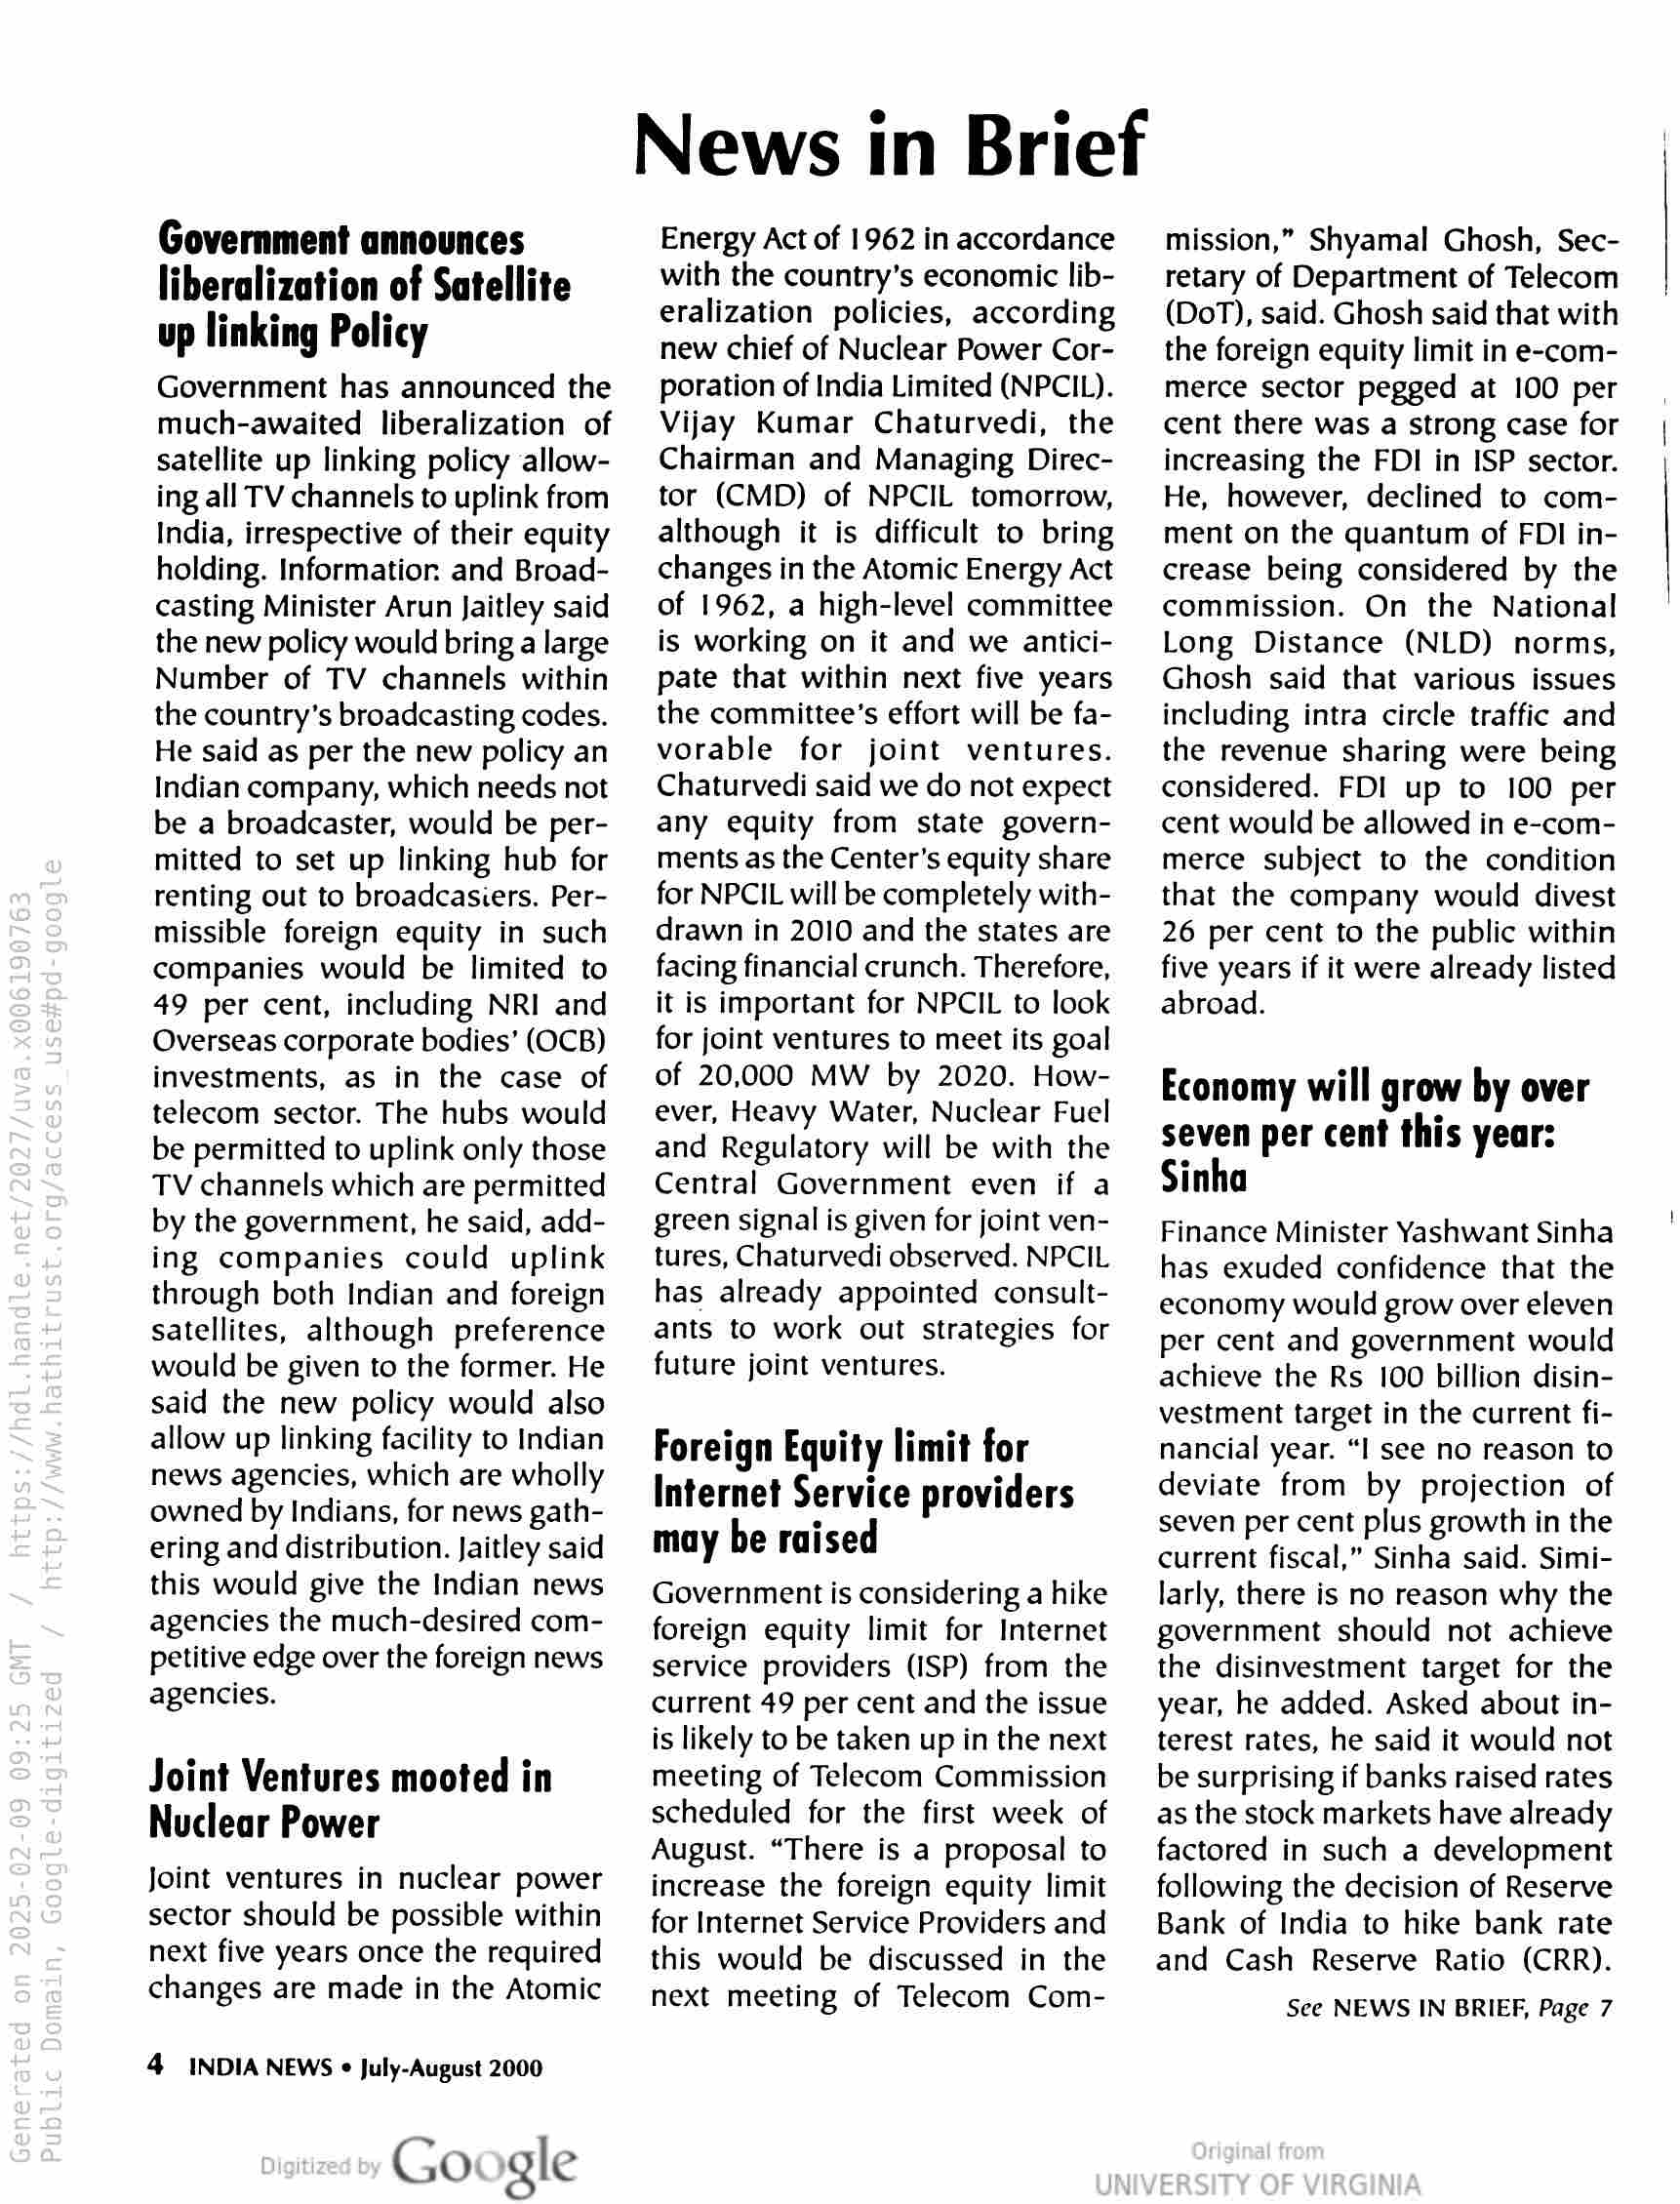
Government announces
liberalization of Satellite
up linking Policy
Government has announced the
much-awaited liberalization of
satellite up linking policy allow-
ing all TV channels to uplink from
India, irrespective of their equity
holding. Information. and Broad-
casting Minister Arun Jaitley said
the new policy would bring a large
Number of TV channels within
the country’s broadcasting codes.
He said as per the new policy an
Indian company, which needs not
be a broadcaster, would be per-
mitted to set up linking hub for
renting out to broadcasiers. Per-
missible foreign equity in such
companies would be limited to
49 per cent, including NRI and
Overseas corporate bodies’ (OCB)
investments, as in the case of
telecom sector. The hubs would
be permitted to uplink only those
TV channels which are permitted
by the government, he said, add-
ing companies could uplink
through both Indian and foreign
satellites, although preference
would be given to the former. He
said the new policy would also
allow up linking facility to Indian
news agencies, which are wholly
owned by Indians, for news gath-
ering and distribution. Jaitley said
this would give the Indian news
agencies the much-desired com-
petitive edge over the foreign news
agencies.

Joint Ventures mooted in
Nuclear Power

Joint ventures in nuclear power
sector should be possible within
next five years once the required
changes are made in the Atomic

4 INDIA NEWS « July-August 2000

Google

News in Brief

Energy Act of 1962 in accordance
with the country’s economic lib-
eralization policies, according
new chief of Nuclear Power Cor-
poration of India Limited (NPCIL).
Vijay Kumar Chaturvedi, the
Chairman and Managing Direc-
tor (CMD) of NPCIL tomorrow,
although it is difficult to bring
changes in the Atomic Energy Act
of 1962, a high-level committee
is working on it and we antici-
pate that within next five years
the committee’s effort will be fa-
vorable for joint ventures.
Chaturvedi said we do not expect
any equity from state govern-
ments as the Center’s equity share
for NPCIL will be completely with-
drawn in 2010 and the states are
facing financial crunch. Therefore,
it is important for NPCIL to look
for joint ventures to meet its goal
of 20,000 MW by 2020. How-
ever, Heavy Water, Nuclear Fuel
and Regulatory will be with the
Central Government even if a
green signal is given for joint ven-
tures, Chaturvedi observed. NPCIL
has already appointed consult-
ants to work out strategies for
future joint ventures.

Foreign Equity limit for
Internet Service providers
may be raised

Government is considering a hike
foreign equity limit for Internet
service providers (ISP) from the
current 49 per cent and the issue
is likely to be taken up in the next
meeting of Telecom Commission
scheduled for the first week of
August. “There is a proposal to
increase the foreign equity limit
for Internet Service Providers and
this would be discussed in the
next meeting of Telecom Com-

mission,” Shyamal Ghosh, Sec-
retary of Department of Telecom
(DoT), said. Ghosh said that with
the foreign equity limit in e-com-
merce sector pegged at 100 per
cent there was a strong case for
increasing the FDI in ISP sector.
He, however, declined to com-
ment on the quantum of FDI in-
crease being considered by the
commission. On the National
Long Distance (NLD) norms,
Ghosh said that various issues
including intra circle traffic and
the revenue sharing were being
considered. FDI up to 100 per
cent would be allowed in e-com-
merce subject to the condition
that the company would divest
26 per cent to the public within
five years if it were already listed
abroad.

Economy will grow by over
seven per cent this year:
Sinha

Finance Minister Yashwant Sinha
has exuded confidence that the
economy would grow over eleven
per cent and government would
achieve the Rs 100 billion disin-
vestment target in the current fi-
nancial year. “I see no reason to
deviate from by projection of
seven per cent plus growth in the
current fiscal,” Sinha said. Simi-
larly, there is no reason why the
government should not achieve
the disinvestment target for the
year, he added. Asked about in-
terest rates, he said it would not
be surprising if banks raised rates
as the stock markets have already
factored in such a development
following the decision of Reserve
Bank of India to hike bank rate
and Cash Reserve Ratio (CRR).

See NEWS IN BRIEF, Page 7